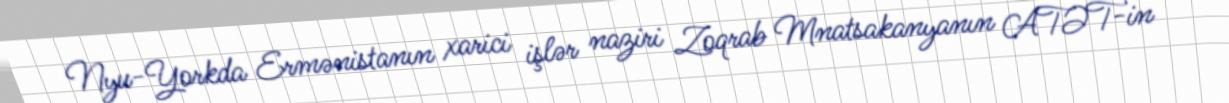
Nyu-Yorkda Ermənistanın xarici işlər naziri Zoqrab Mnatsakanyanın ATƏT-in